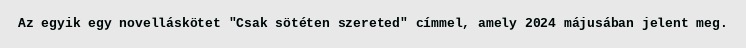
Az egyik egy novelláskötet "Csak sötéten szereted" címmel, amely 2024 májusában jelent meg.